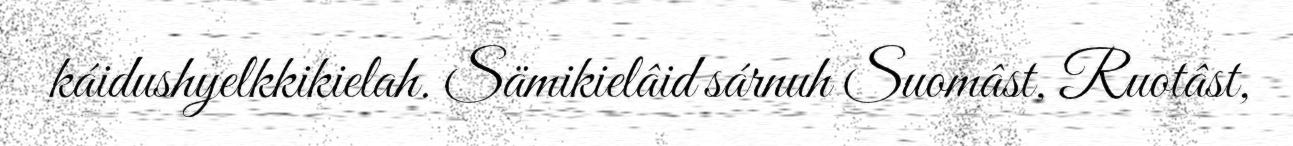
káidushyelkkikielah. Sämikielâid sárnuh Suomâst, Ruotâst,